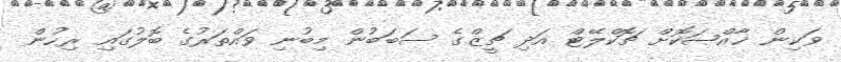
ވަކިން ޚާއްޞަކޮށް ޗޮކްލޭޓް އަދި ޗީޒްގެ ސަބަބުން މިބުނި ވައްތަރުގެ ބޮލުގައި ރިހުން